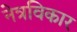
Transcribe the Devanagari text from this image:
नेत्रविकार